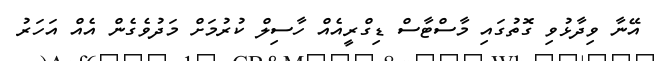
އޭނާ ވިދާޅުވި ގޮތުގައި މާސްޓާސް ޑިގްރީއެއް ހާސިލް ކުރުމަށް މަދުވެގެން އެއް އަހަރު